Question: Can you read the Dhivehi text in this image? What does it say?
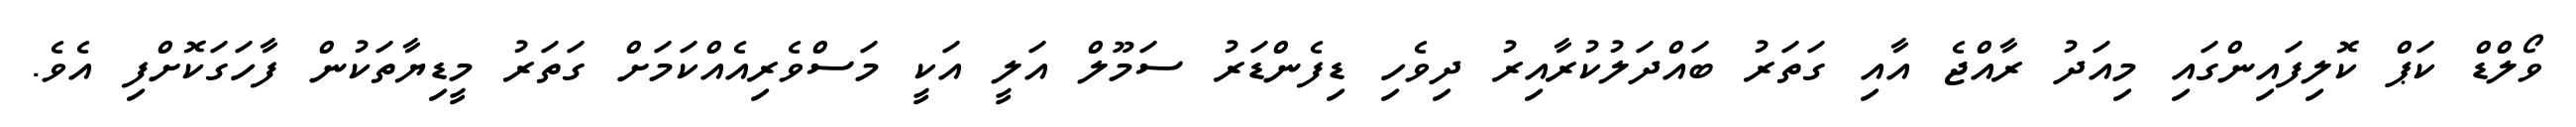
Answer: ވޯލްޑް ކަޕް ކޮލިފައިންގައި މިއަދު ރާއްޖެ އާއި ގަތަރު ބައްދަލުކުރާއިރު ދިވެހި ޑިފެންޑަރު ސަމޫލް އަލީ އަކީ މަސްވެރިއެއްކަމަށް ގަތަރު މީޑިޔާތަކުން ފާހަގަކޮށްފި އެވެ.